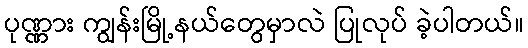
ပုဏ္ဏား ကျွန်းမြို့နယ်တွေမှာလဲ ပြုလုပ် ခဲ့ပါတယ်။